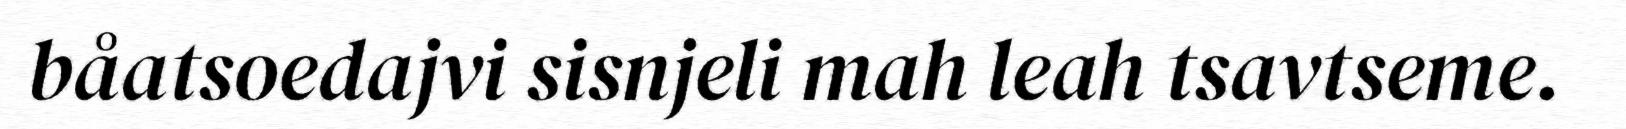
båatsoedajvi sisnjeli mah leah tsavtseme.